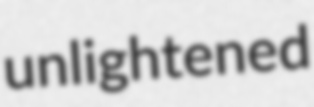
unlightened